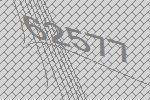
62577